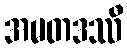
အမတဒဿီ